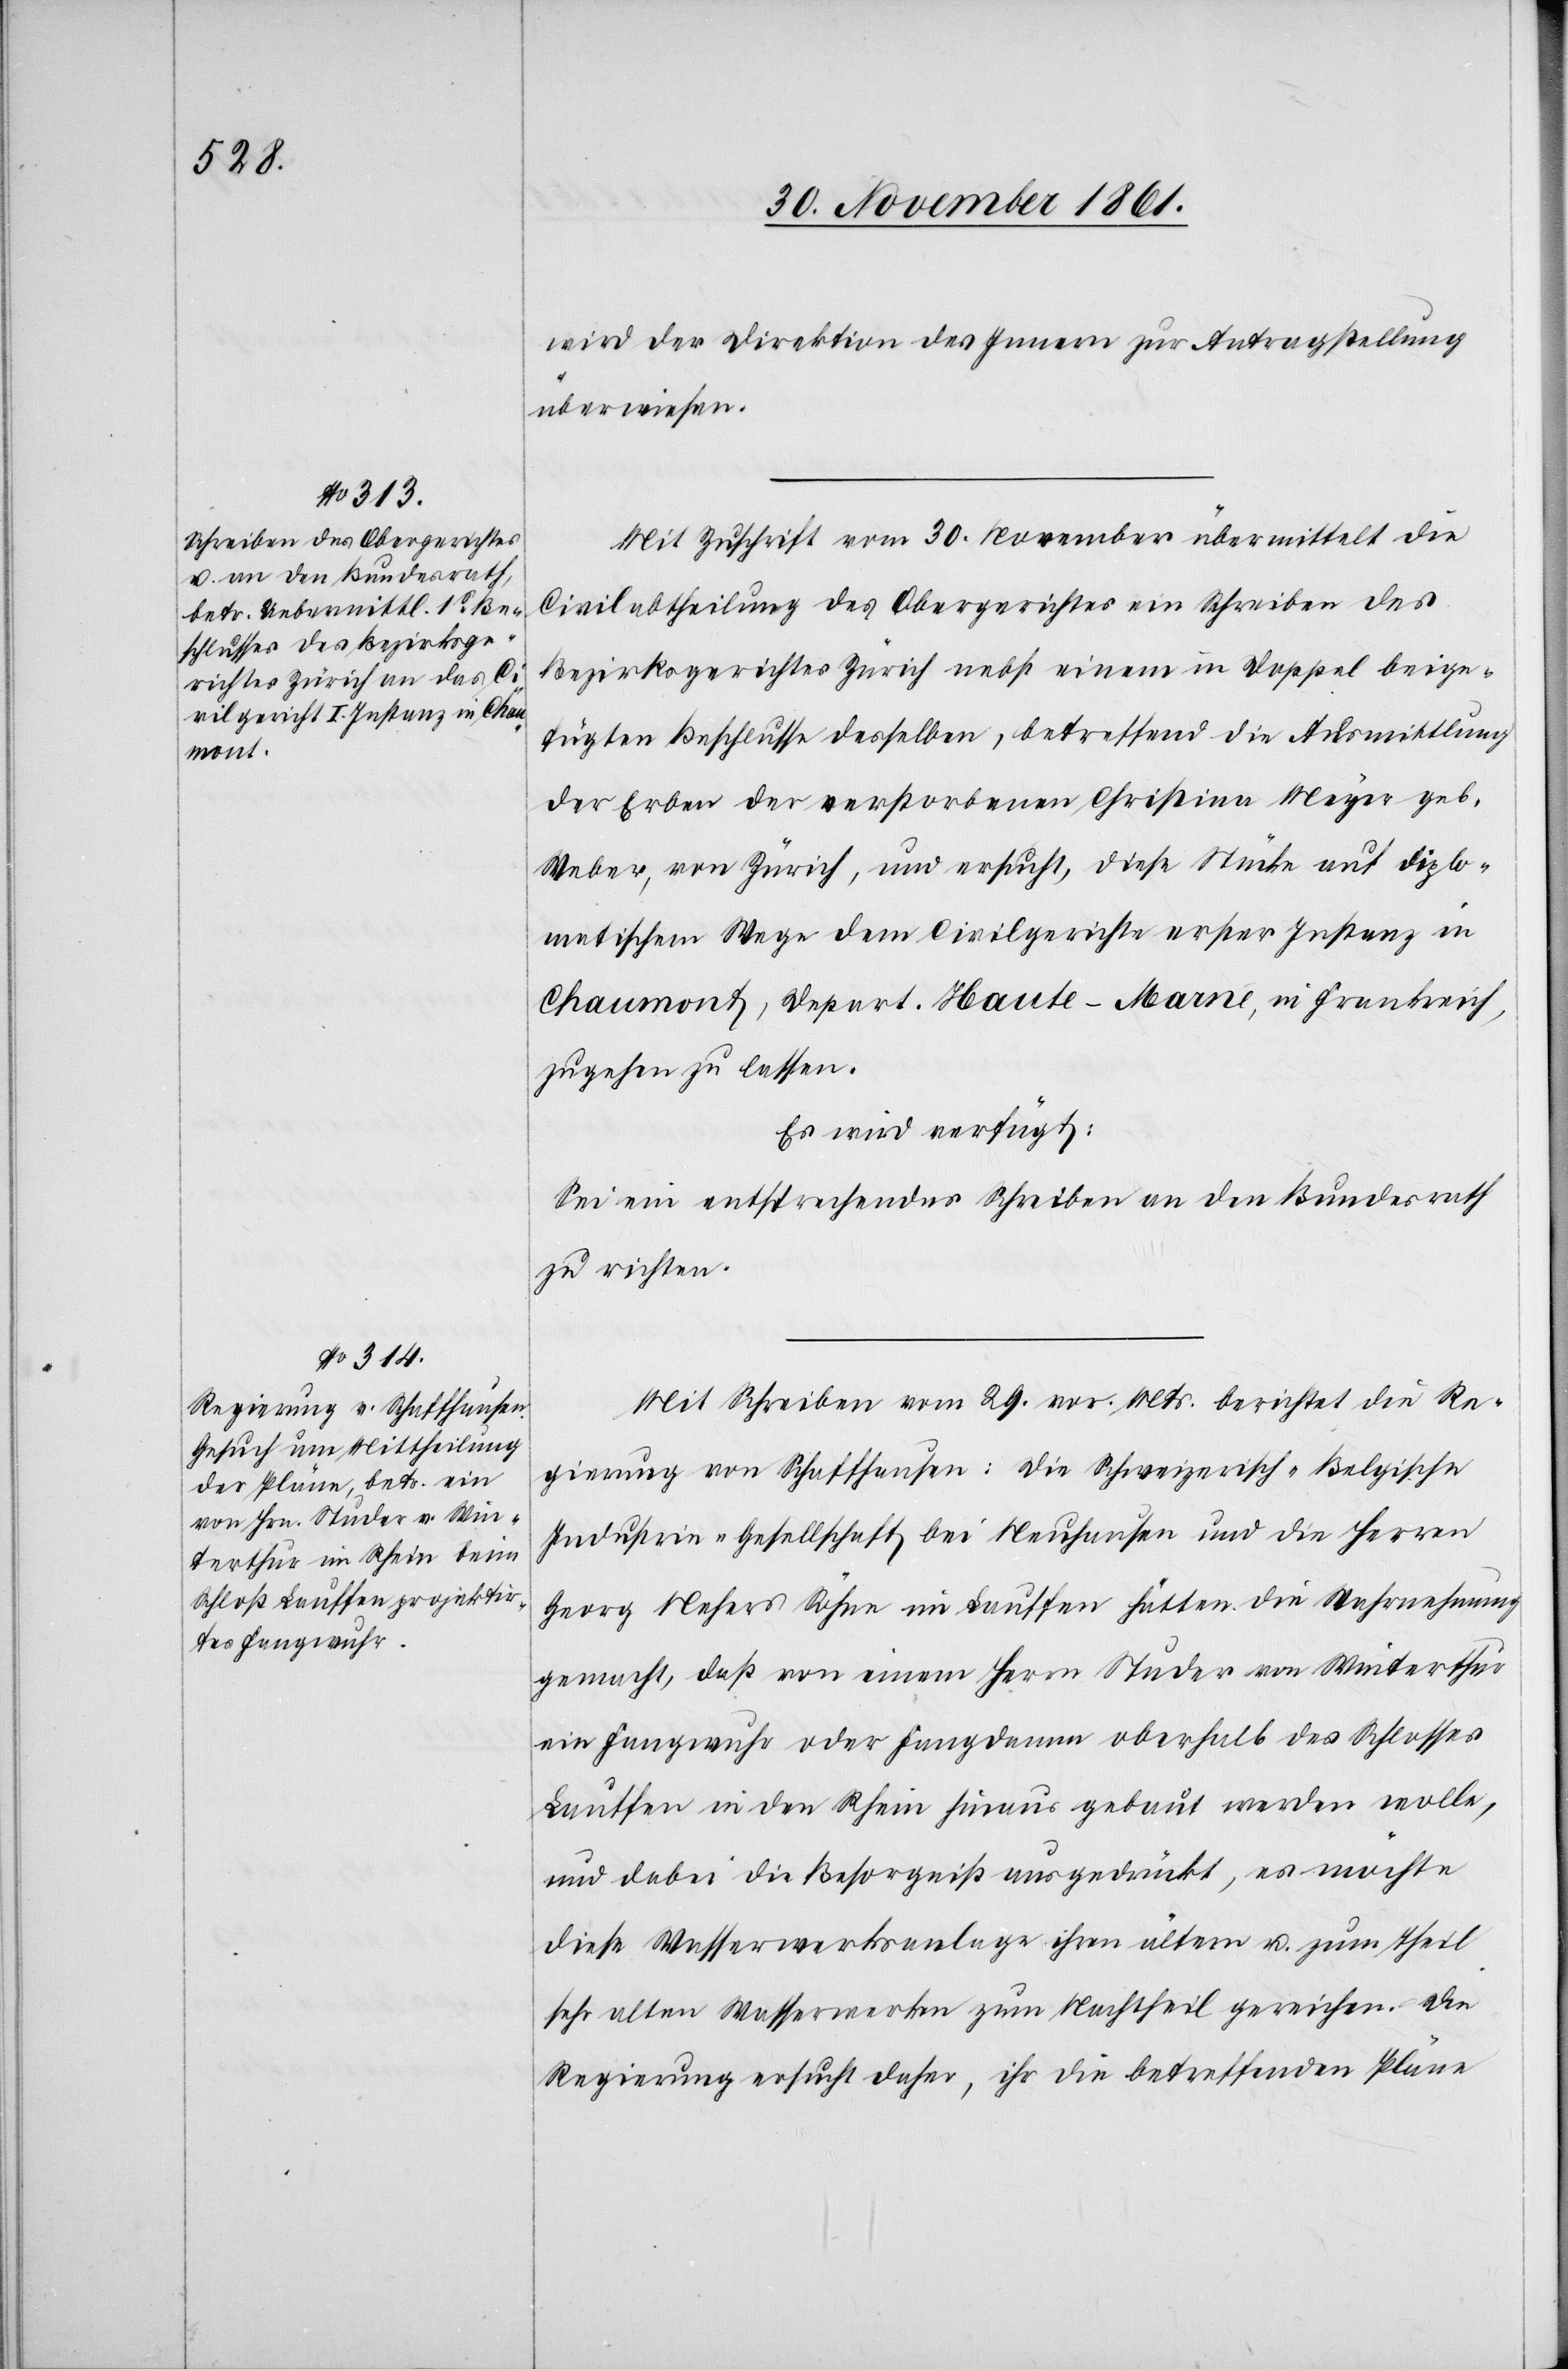
wird der Direktion des Innern zur Antragstellung
überwiesen.
Mit Zuschrift vom 30 November übermittelt die
Civilabtheilung des Obergerichtes ein Schreiben des
Bezirksgerichtes Zürich nebst einem in Doppel beige¬
fügten Beschlusse desselben, betreffend die Ausmittlung
der Erben der verstorbenen Christina Meyer geb.
Weber, von Zürich, und ersucht, diese Stücke auf diplo¬
matischem Wege dem Civilrichter erster Instanz in
Chaumont, Depart. Haute-Marné, in Frankreich,
zugehen zu lassen.
Es wird verfügt:
Sei ein entsprechendes Schreiben an den Bundesrath
zu richten.
Mit Schreiben vom 29 vor. Mts. berichtet die Re¬
gierung von Schaffhausen: Die Schweizerisch-Belgische
Industrie-Gesellschaft bei Neuhausen und die Herren
Georg Nehers Söhne in Lauffen hätten die Wahrnehmung
gemacht, daß von einem Herrn Studer von Winterthur
ein Fangwuhr oder Fangdamm oberhalb des Schlosses
Lauffen in den Rhein hinaus gebaut werden wolle,
und dabei die Besorgniß ausgedrückt, es möchte
diese Wasserwerksanlage ihren ältern u. zum Theil
sehr alten Wasserwerken zum Nachtheil gereichen. Die
Regierung ersucht daher, ihr die betreffenden Pläne